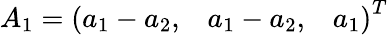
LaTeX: A_{1}=\left(\begin{array}{lll}{a_{1}-a_{2},}&{a_{1}-a_{2},}&{a_{1}}\end{array}\right)^{T}